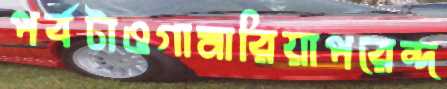
পর্বটাওগামারিয়াপরেন্দ